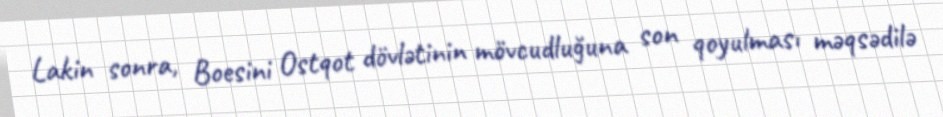
Lakin sonra, Boesini Ostqot dövlətinin mövcudluğuna son qoyulması məqsədilə